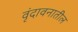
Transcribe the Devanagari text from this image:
वृंदावनातील